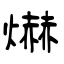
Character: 爀